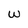
Character: w